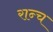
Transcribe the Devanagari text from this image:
रान्च